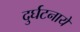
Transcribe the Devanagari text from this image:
दुर्घटनाये